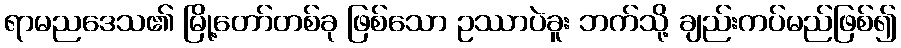
ရာမညဒေသ၏ မြို့တော်တစ်ခု ဖြစ်သော ဥဿာပဲခူး ဘက်သို့ ချည်းကပ်မည်ဖြစ်၍